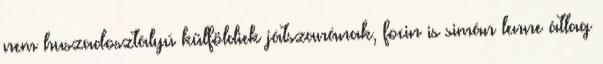
nem huszadosztályú külföldiek játszanának, focin is simán lenne átlag